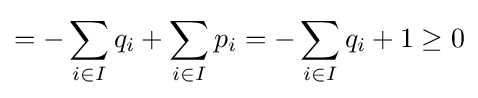
=-\sum _{i\in I}q_{i}+\sum _{i\in I}p_{i}=-\sum _{i\in I}q_{i}+1\geq 0